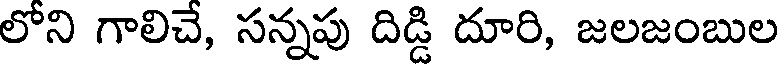
లోని గాలిచే, సన్నపు దిడ్డి దూరి, జలజంబుల